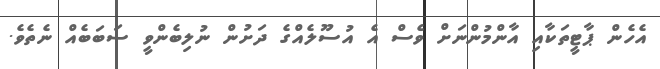
އެހެން ޕާޓީތަކާއި އާންމުންނަށް ވެސް އެ އުސޫލެއްގެ ދަށުން ނުލިބެންވީ ސަބަބެއް ނެތެވެ.